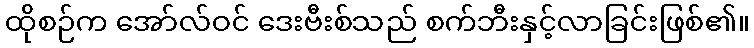
ထိုစဉ်က အော်လ်ဝင် ဒေးဗီးစ်သည် စက်ဘီးနှင့်လာခြင်းဖြစ်၏။